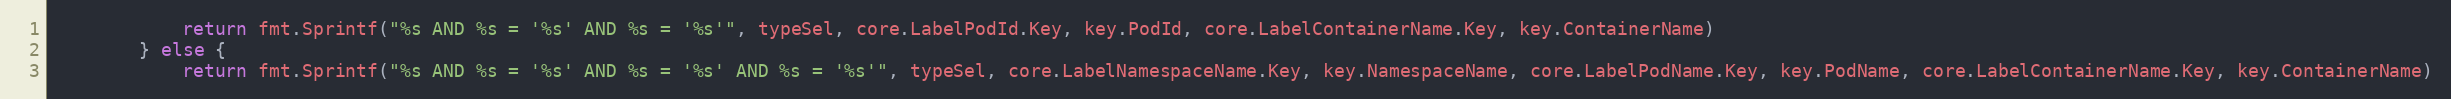
Language: Go
			return fmt.Sprintf("%s AND %s = '%s' AND %s = '%s'", typeSel, core.LabelPodId.Key, key.PodId, core.LabelContainerName.Key, key.ContainerName)
		} else {
			return fmt.Sprintf("%s AND %s = '%s' AND %s = '%s' AND %s = '%s'", typeSel, core.LabelNamespaceName.Key, key.NamespaceName, core.LabelPodName.Key, key.PodName, core.LabelContainerName.Key, key.ContainerName)